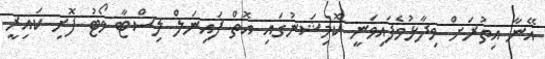
އޭނާ އިތުރަށް ވިދާޅުވެފައިވަނީ ކޮމިޝަނުގައި އޮތް ފައިނަލް ލިސްޓާ ވޯޓު ފޮށި ކައިރީ